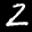
Label: 2